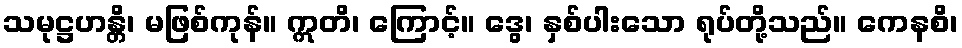
သမုဋ္ဌဟန္တိ၊ မဖြစ်ကုန်။ ဣတိ၊ ကြောင့်။ ဒွေ၊ နှစ်ပါးသော ရုပ်တို့သည်။ ကေနစိ၊